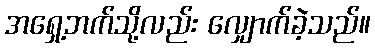
အရှေ့ဘက်သို့လည်း လျှောက်ခဲ့သည်။